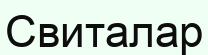
Свиталар